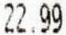
22.99